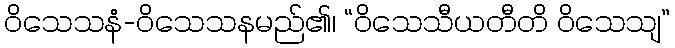
ဝိသေသနံ-ဝိသေသနမည်၏၊ “ဝိသေသီယတီတိ ဝိသေသျ”